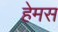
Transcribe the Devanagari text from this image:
हेमस